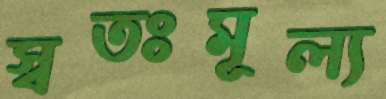
স্বতঃমূল্য